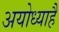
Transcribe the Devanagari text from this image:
अयोध्याहै